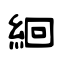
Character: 絗